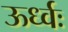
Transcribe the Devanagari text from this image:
ऊर्ध्वः